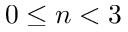
0 \le n < 3